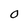
Character: 0